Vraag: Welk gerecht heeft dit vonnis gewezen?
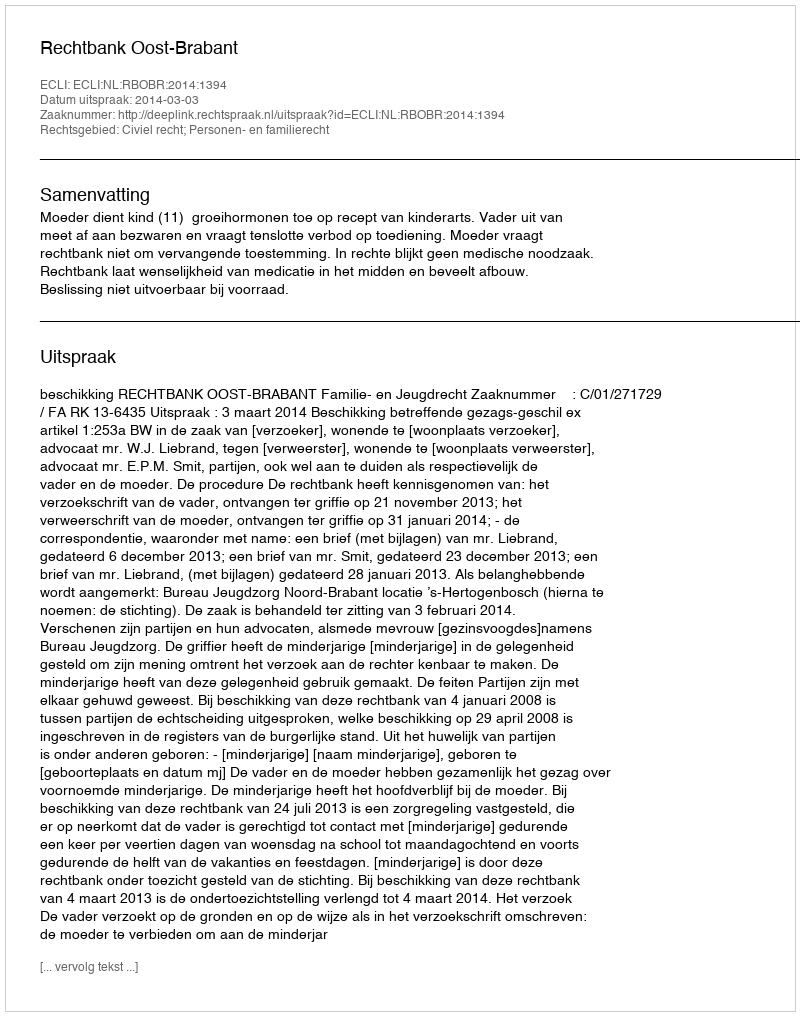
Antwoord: Rechtbank Oost-Brabant